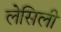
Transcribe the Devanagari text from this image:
लेसिली